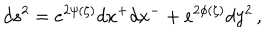
LaTeX: d s ^ { 2 } = e ^ { 2 \psi ( \zeta ) } d x ^ { + } d x ^ { - } + e ^ { 2 \phi ( \zeta ) } d y ^ { 2 } \, ,